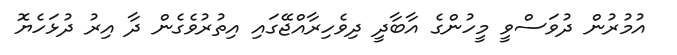
އުމުރުން ދުވަސްވީ މީހުންގެ އާބާދީ ދިވެހިރާއްޖޭގައި އިތުރުވެގެން ދާ އިރު ދުޅަހެޔޮ